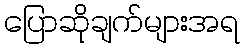
ပြောဆိုချက်များအရ